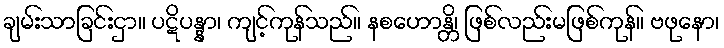
ချမ်းသာခြင်းငှာ။ ပဋိပန္နာ၊ ကျင့်ကုန်သည်။ နစဟောန္တိ၊ ဖြစ်လည်းမဖြစ်ကုန်။ ဗဖုနော၊